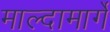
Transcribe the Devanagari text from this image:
माल्दामार्गे